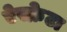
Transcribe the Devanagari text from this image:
ऐस्क्रेटा